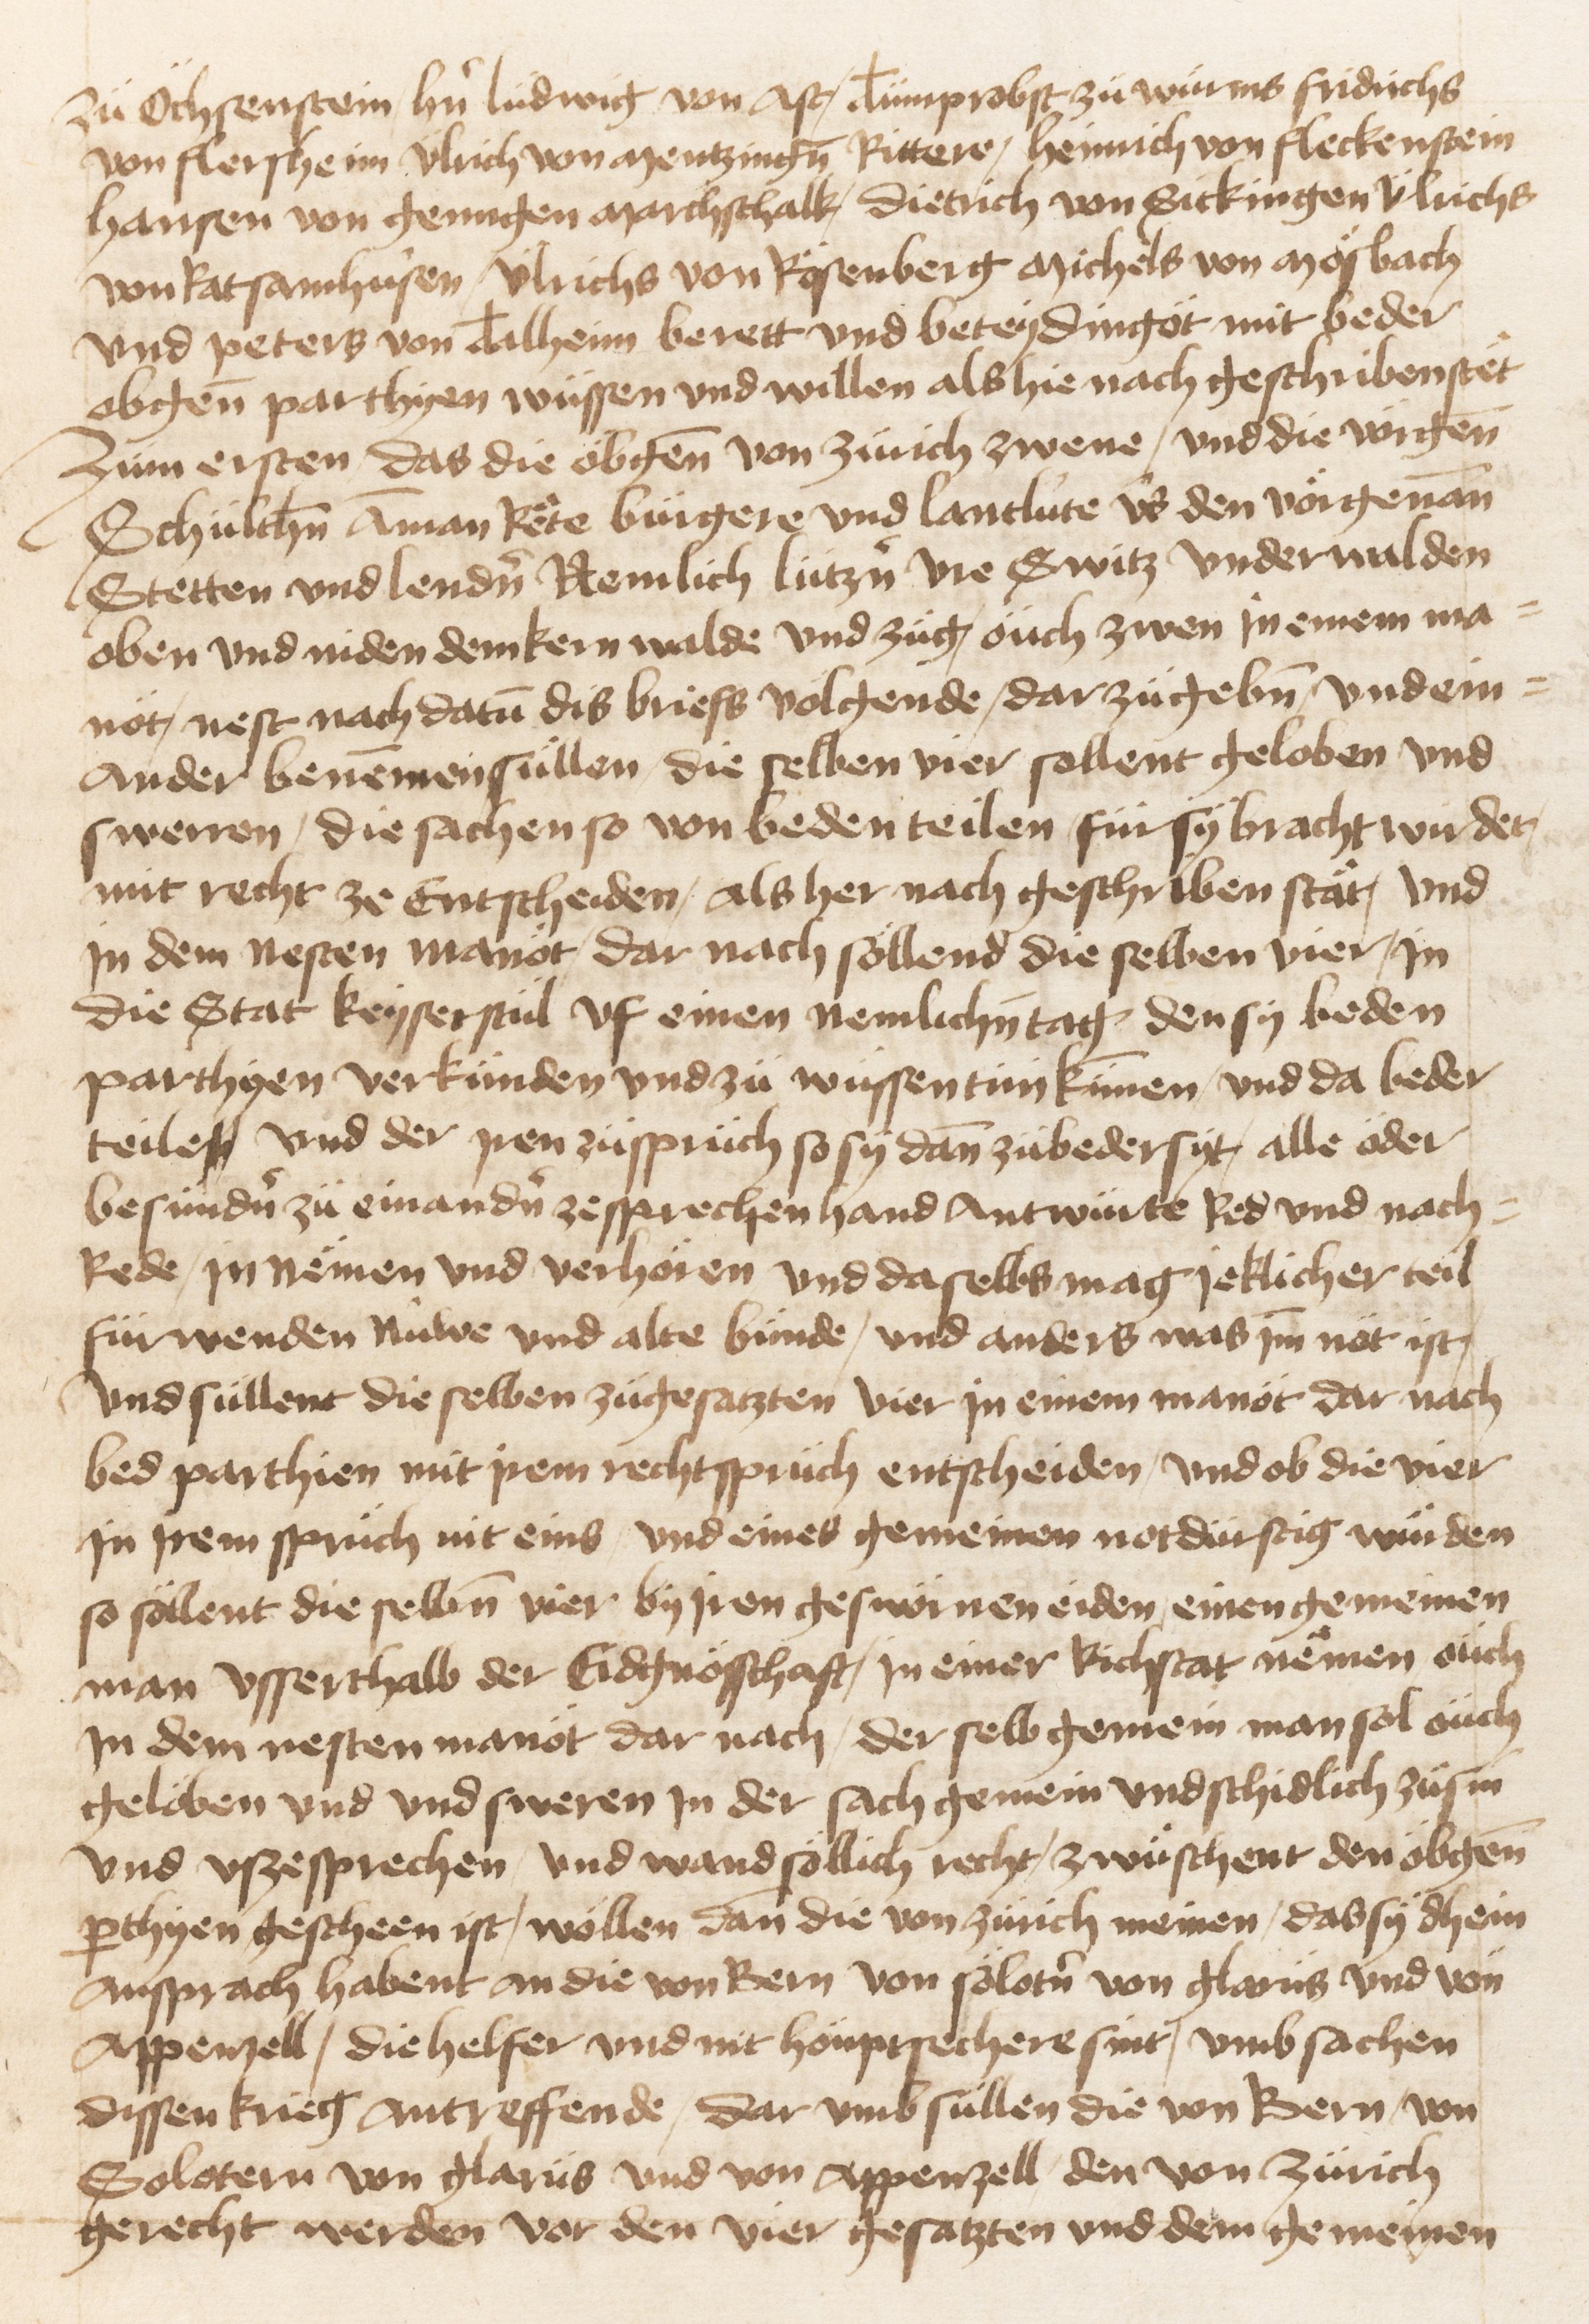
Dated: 1470–1607